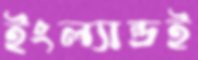
ইংল্যান্ডই